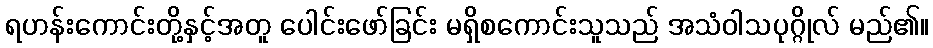
ရဟန်းကောင်းတို့နှင့်အတူ ပေါင်းဖော်ခြင်း မရှိစကောင်းသူသည် အသံဝါသပုဂ္ဂိုလ် မည်၏။